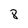
Character: 8